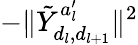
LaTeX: -\| \tilde{Y}_{d_{l},d_{l+1}}^{a_{l}^{\prime}}\| ^{2}